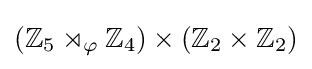
(\mathbb {Z} _{5}\rtimes _{\varphi }\mathbb {Z} _{4})\times (\mathbb {Z} _{2}\times \mathbb {Z} _{2})